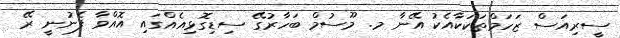
ސީރިއަސް ޒަހަމްތަކަކާއެކު އޭނާ މ. މޫސުމް ބަހާރުގޭ ސިޑިގޮޅިއެއްގައި އޮއްވާ ފެނުނީ ރޭ